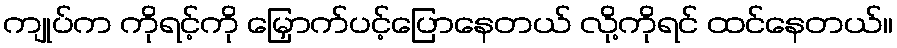
ကျုပ်က ကိုရင့်ကို မြှောက်ပင့်ပြောနေတယ် လို့ကိုရင် ထင်နေတယ်။